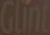
Glint